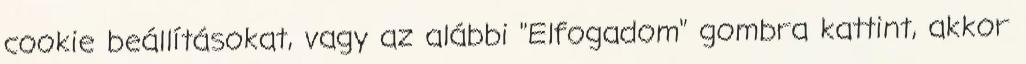
cookie beállításokat, vagy az alábbi "Elfogadom" gombra kattint, akkor